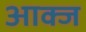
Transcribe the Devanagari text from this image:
आक्ज